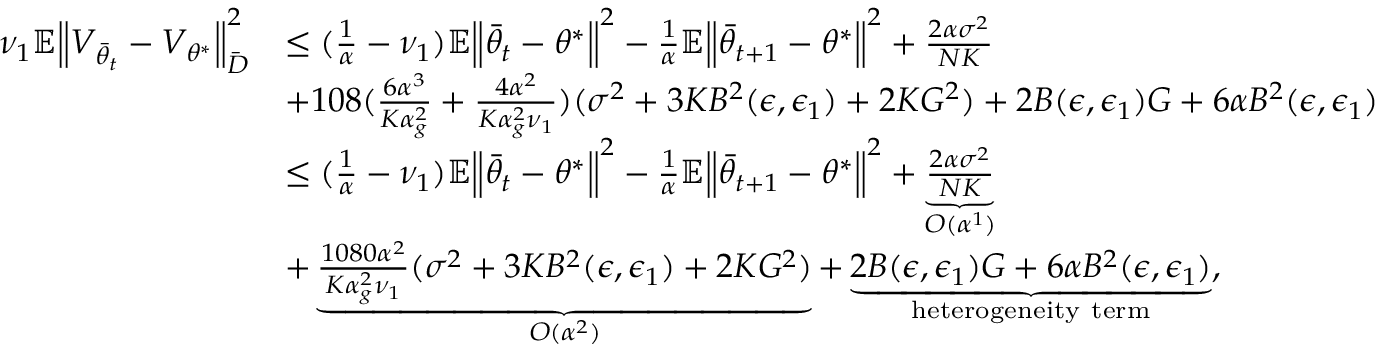
\begin{array} { r l } { \nu _ { 1 } \mathbb { E } \Big \lVert V _ { \bar { \theta } _ { t } } - V _ { \theta ^ { * } } \Big \rVert _ { \bar { D } } ^ { 2 } } & { \le ( \frac { 1 } { \alpha } - \nu _ { 1 } ) \mathbb { E } \Big \lVert \bar { \theta } _ { t } - \theta ^ { * } \Big \rVert ^ { 2 } - \frac { 1 } { \alpha } \mathbb { E } \Big \lVert \bar { \theta } _ { t + 1 } - \theta ^ { * } \Big \rVert ^ { 2 } + \frac { 2 \alpha \sigma ^ { 2 } } { N K } } \\ & { + 1 0 8 ( \frac { 6 \alpha ^ { 3 } } { K \alpha _ { g } ^ { 2 } } + \frac { 4 \alpha ^ { 2 } } { K \alpha _ { g } ^ { 2 } \nu _ { 1 } } ) ( \sigma ^ { 2 } + 3 K B ^ { 2 } ( \epsilon , \epsilon _ { 1 } ) + 2 K G ^ { 2 } ) + 2 B ( \epsilon , \epsilon _ { 1 } ) G + 6 \alpha B ^ { 2 } ( \epsilon , \epsilon _ { 1 } ) } \\ & { \le ( \frac { 1 } { \alpha } - \nu _ { 1 } ) \mathbb { E } \Big \lVert \bar { \theta } _ { t } - \theta ^ { * } \Big \rVert ^ { 2 } - \frac { 1 } { \alpha } \mathbb { E } \Big \lVert \bar { \theta } _ { t + 1 } - \theta ^ { * } \Big \rVert ^ { 2 } + \underbrace { \frac { 2 \alpha \sigma ^ { 2 } } { N K } } _ { O ( \alpha ^ { 1 } ) } } \\ & { + \underbrace { \frac { 1 0 8 0 \alpha ^ { 2 } } { K \alpha _ { g } ^ { 2 } \nu _ { 1 } } ( \sigma ^ { 2 } + 3 K B ^ { 2 } ( \epsilon , \epsilon _ { 1 } ) + 2 K G ^ { 2 } ) } _ { O ( \alpha ^ { 2 } ) } + \underbrace { 2 B ( \epsilon , \epsilon _ { 1 } ) G + 6 \alpha B ^ { 2 } ( \epsilon , \epsilon _ { 1 } ) } _ { \mathrm { h e t e r o g e n e i t y ~ t e r m } } , } \end{array}